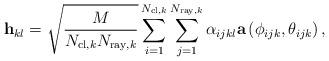
LaTeX: \begin{align*}\mathbf{h}_{kl} = \sqrt{\frac{M}{N_{\mathrm{cl},k}N_{\mathrm{ray},k}}}\sum_{i=1}^{N_{\mathrm{cl},k}}\sum_{j=1}^{N_{\mathrm{ray},k}}\alpha_{ijkl}\mathbf{a}\left(\phi_{ijk},\theta_{ijk}\right),\end{align*}